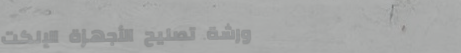
ورشة تصليح الأجهزة الإلكت